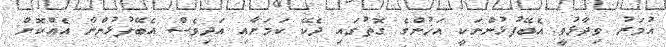
އުމަރު ވިދާޅުވީ އެބޭފުޅުންނަކީ އަޚުންގެ ގޮތުގައި ދެކޭ ކަމަށާއި އަދިވެސް އެބޭފުޅުންނާ އެއްކޮށް